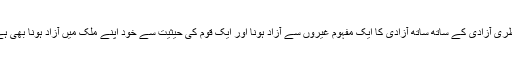
فطری آزادی کے ساتھ ساتھ آزادی کا ایک مفہوم غیروں سے آزاد ہونا اور ایک قوم کی حیثیت سے خود اپنے ملک میں آزاد ہونا بھی ہے۔